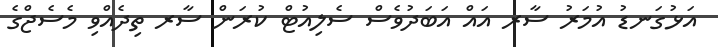
އަޅުގަނޑު އުމަރު ސާރ އައް އަބަދުވެސް ސެލިއުޓް ކުރަން ސާރ ތިދެއްވި މެސެޖްގެ